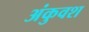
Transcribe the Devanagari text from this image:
अंकुवश